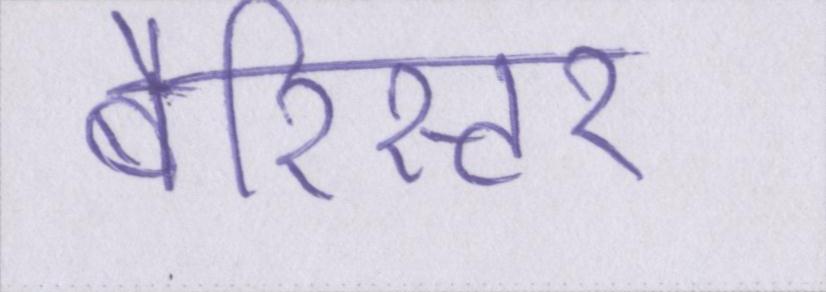
बैरिस्टर